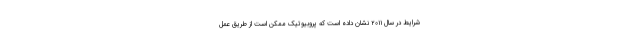
شرایط در سال ۲۰۱۱ نشان داده است که پروبیوتیک ممکن است از طریق عمل